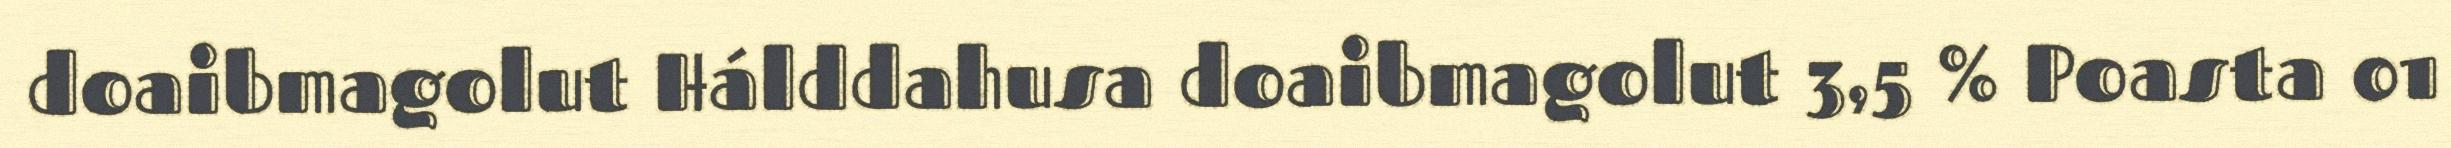
doaibmagolut Hálddahusa doaibmagolut 3,5 % Poasta 01